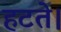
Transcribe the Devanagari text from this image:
हटते।